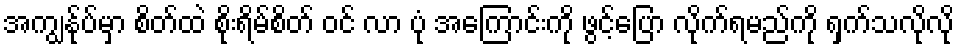
အကျွန်ုပ်မှာ စိတ်ထဲ စိုးရိမ်စိတ် ဝင် လာ ပုံ အကြောင်းကို ဖွင့်ပြော လိုက်ရမည်ကို ရှက်သလိုလို